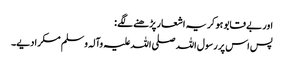
اور بے قابو ہو کر یہ اشعار پڑھنے لگے :
پس اس پر رسول اللہ صلی اللہ علیہ وآلہ وسلم مسکرا دیے۔